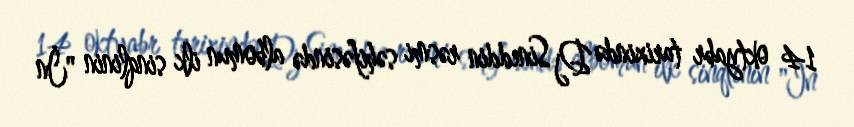
14 oktyabr tarixində Dj Sineddin rəsmi səhifəsində albomun ilk sinqlinin "İn